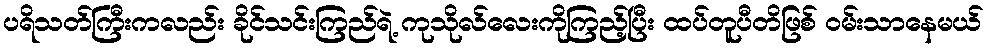
ပရိသတ်ကြီးကလည်း ခိုင်သင်းကြည်ရဲ့ ကုသိုလ်လေးကိုကြည့်ပြီး ထပ်တူပီတိဖြစ် ဝမ်းသာနေမယ်